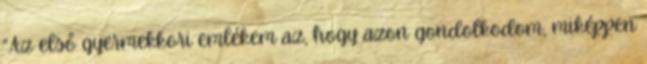
“Az első gyermekkori emlékem az, hogy azon gondolkodom, miképpen